Scottish Leaving Certificate Examination, 1959
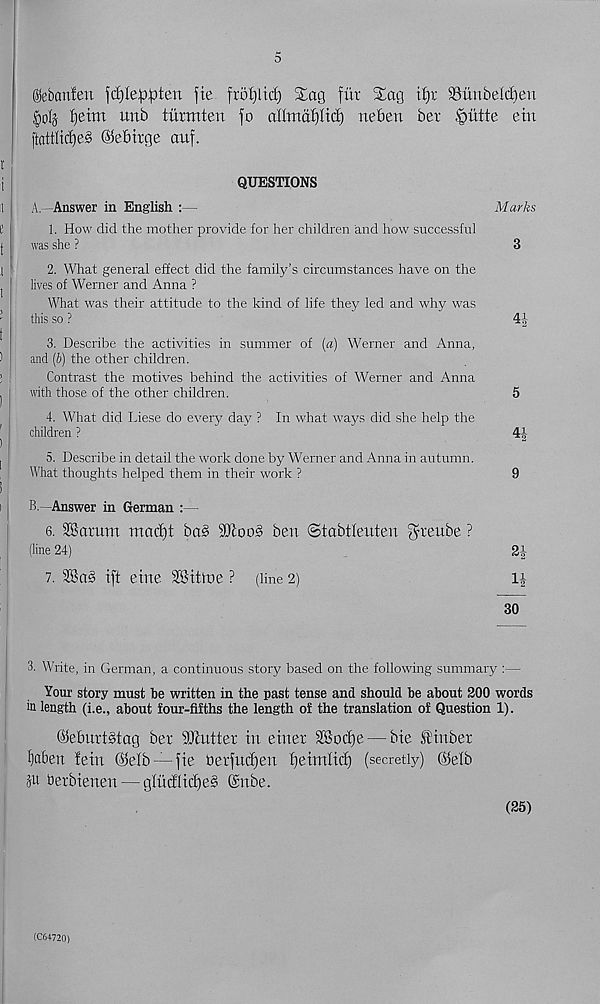
5
©ebcmfen fd)Ie^^ten jie fro^lid) Sag fiir Sag ii)x 93unbeld)en
£ioI§ t)eim unb turmten fo allntafjlid) neben ber .'oiitte em
ftattlidje§ ©ebirge auf.
QUESTIONS
A—Answer in English :
Marks
1. How did the mother provide for her children and how successful
was she ?
3
2. What general effect did the family’s circumstances have on the
lives of Werner and Anna ?
What was their attitude to the kind of life they led and why was
this so ?
4J
3. Describe the activities in summer of (a) Werner and Anna,
and (6) the other children.
Contrast the motives behind the activities of Werner and Anna
with those of the other children.
5
4. What did Liese do every day ? In what ways did she help the
children ?
4|
5. Describe in detail the work done by Werner and Anna in autumn.
What thoughts helped them in their work ?
9
B—Answer in German :—
6. 28arum matf)t ba§
ben ©tabtleuten $teube ?
(line 24)
2J
7. 3Ba§ ift eine SSittne ? (line 2)
l|
30
3. Write, in German, a continuous story based on the following summary :—
Your story must be written in the past tense and should be about 200 words
in length (i.e., about four-fifths the length of the translation of Question 1).
©JlurtStag ber Gutter in enter 2Bocf)e — Me H'inber
fyaben fern @elb —fie herfudfen fjeimlid) (secretly) @elb
ju tierbienen — gluciiidfeS @nbe.
(25)
(C64720)